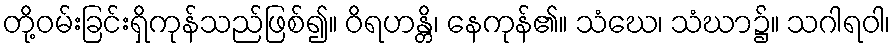
တို့ဝမ်းခြင်းရှိကုန်သည်ဖြစ်၍။ ဝိရဟန္တိ၊ နေကုန်၏။ သံဃေ၊ သံဃာ၌။ သဂါရဝါ၊